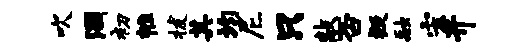
吹涸初帷拔其均尼只敲否疑融宏开